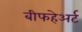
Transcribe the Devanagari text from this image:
बीफहेअर्ट